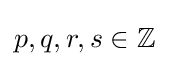
p,q,r,s\in \mathbb {Z}